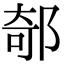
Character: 𨜅